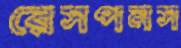
রেসপনস